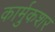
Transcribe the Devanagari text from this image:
कार्मुकशर